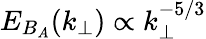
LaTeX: E_{B_{A}}(k_{\perp})\propto k_{\perp}^{-5/3}